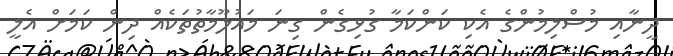
ދީނާއި މުސްލިމުންގެ އެކި ކަންކަމާ ގުޅިގެން ގިނަ މައުލޫމާތުތަކެއް ދިން ކަމަށް އެލީ